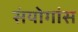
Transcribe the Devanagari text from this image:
संयोगांस